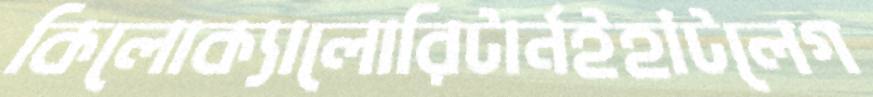
কিলোক্যালোরিটার্নইহাঁটলেগ